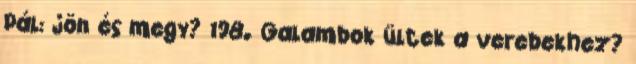
Pál: jön és megy? 198. Galambok ültek a verebekhez?